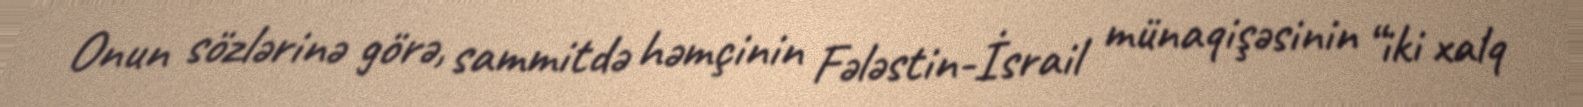
Onun sözlərinə görə, sammitdə həmçinin Fələstin-İsrail münaqişəsinin “iki xalq